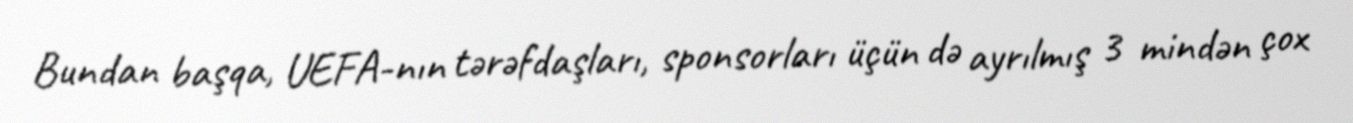
Bundan başqa, UEFA-nın tərəfdaşları, sponsorları üçün də ayrılmış 3 mindən çox